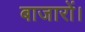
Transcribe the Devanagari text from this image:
बाजारों।